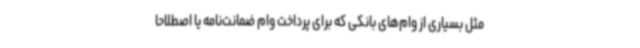
مثل بسیاری از وام‌های بانکی که برای پرداخت وام ضمانت‌نامه یا اصطلاحا